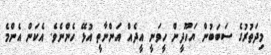
މިދަތުރުގެ ސަބަބުން ޔަހޫދީން ހީވަނީ އީދެއް އަންނާތީ އުޅޭ ހެންނެވެ. އެކަން އެންމެ